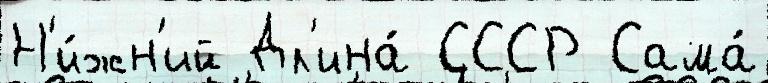
Н'и́жн'ий Дл'ина́ СССР Сама́